Scientific memoirs by medical officers of the Army of India - Part II,
Year: 1886
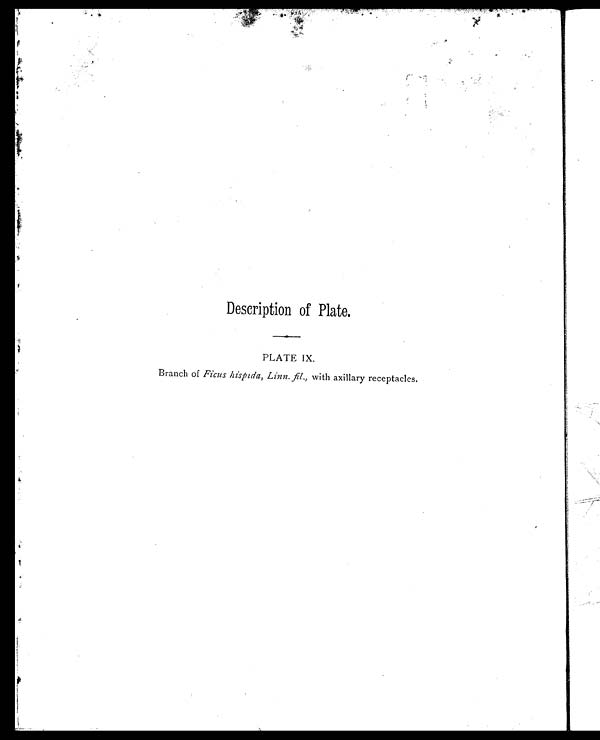
Description of Plate.
PLATE IX.
Branch of Ficus hispida, Linn. fil., with axillary receptacles.